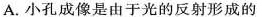
A.小孔成像是由于光的反射形成的